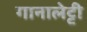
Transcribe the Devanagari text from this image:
गानालेट्टी